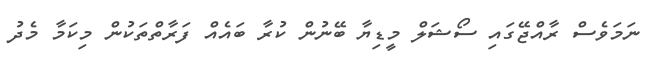
ނަމަވެސް ރާއްޖޭގައި ސޯޝަލް މީޑިޔާ ބޭނުން ކުރާ ބައެއް ފަރާތްތަކުން މިކަމާ މެދު